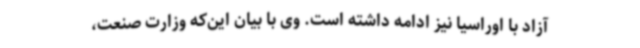
آزاد با اوراسیا نیز ادامه داشته است. وی با بیان این‌که وزارت صنعت،